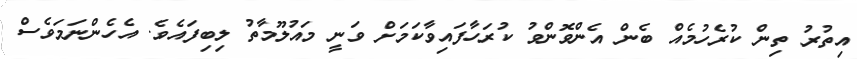
އިތުރު ތިން ކުރެހުމެއް ބެން އެންވޮންވު ކުރަހާފައިވާކަމަށް ވަނީ މައުލޫމާތު ލިބިފައެވެ. އެހެންނަމަވެސް